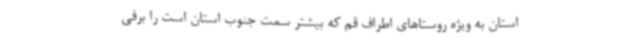
استان به ویژه روستاهای اطراف قم که بیشتر سمت جنوب استان است را برفی